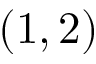
( 1 , 2 )